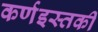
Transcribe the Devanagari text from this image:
कर्णइस्तकी